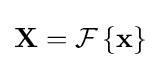
\mathbf {X} ={\mathcal {F}}\left\{\mathbf {x} \right\}